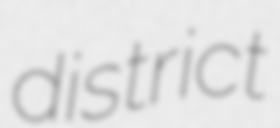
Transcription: district